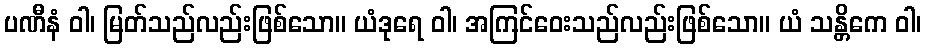
ပဏီနံ ဝါ၊ မြတ်သည်လည်းဖြစ်သော။ ယံဒုရေ ဝါ၊ အကြင်ဝေးသည်လည်းဖြစ်သော။ ယံ သန္တိကေ ဝါ၊